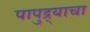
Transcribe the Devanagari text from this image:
पापुद्र्याचा